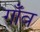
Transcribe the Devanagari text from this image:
गाँँव